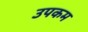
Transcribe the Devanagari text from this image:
उपकम